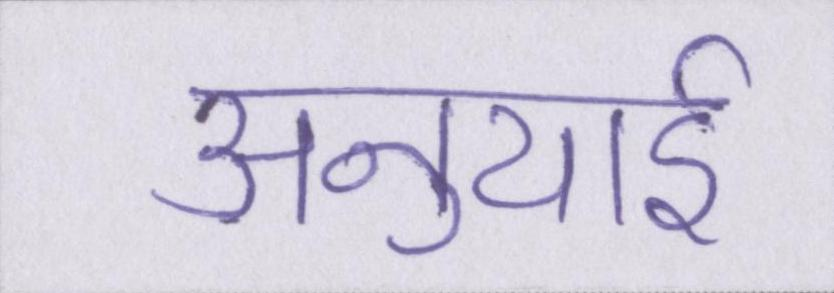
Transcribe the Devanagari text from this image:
अनुयाई